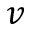
v